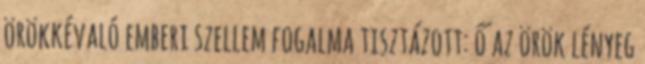
örökkévaló emberi szellem fogalma tisztázott: ő az örök lényeg